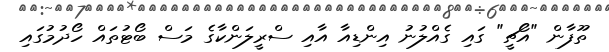
ތޫފާން "އޯޗީ" ގައި ގެއްލުނު އިންޑިއާ އާއި ސްރީލަންކާގެ މަސް ބޯޓުތައް ހޯދުމުގައި